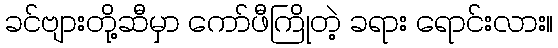
ခင်ဗျားတို့ဆီမှာ ကော်ဖီကြိုတဲ့ ခရား ရောင်းလား။